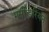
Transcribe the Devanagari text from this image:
मर्सीडेरियन